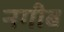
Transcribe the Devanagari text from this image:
नगीब